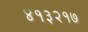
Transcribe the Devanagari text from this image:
४१३२१७